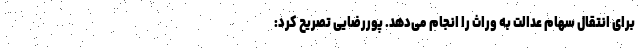
برای انتقال سهام عدالت به وراث را انجام می‌دهد. پوررضایی تصریح کرد: